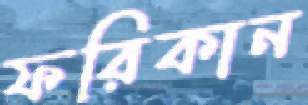
ফরিকান